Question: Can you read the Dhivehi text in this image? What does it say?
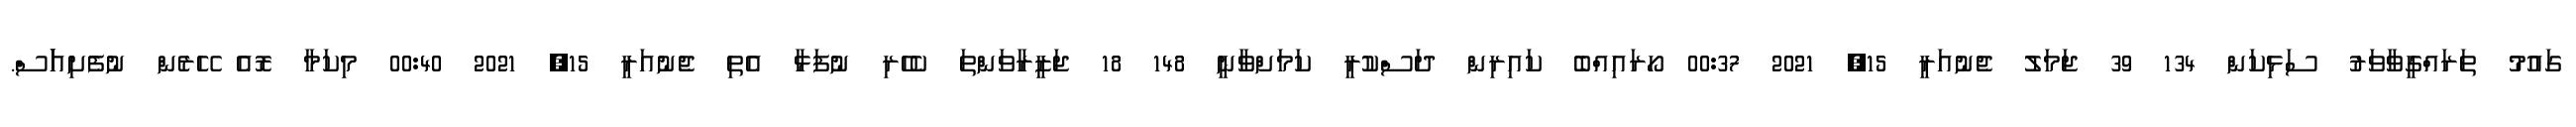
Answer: ގައުމު ތަރައްގީވާވަރު ސަޅިކަން 134 39 ޖަމަލު ޖެނުއަރީ 15, 2021 00:37 ހޯރައިއްބެ ކައިރިން ދަސްކުރީ ކަމަށްވާނީ 148 18 ޖަޒީރާވަންތަ ކެހެރި ނުފަޅާ އެތި ޖެނުއަރީ 15, 2021 00:40 މިކަމާ ރޮއެ ހޭރެން ނުފެށިއަަަސް.